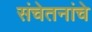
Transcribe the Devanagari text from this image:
संचेतनांचे